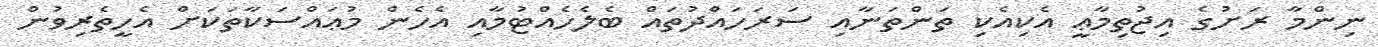
ނިންމާ ރަށުގެ އިޖުތިމާޢީ އެކިއެކި ތަންތަނާއި ސަރަހައްދުތައް ބެލެހެއްޓުމާއި އެހެން މުޢައްސަކާތަކަށް އެހީތެރިވުން